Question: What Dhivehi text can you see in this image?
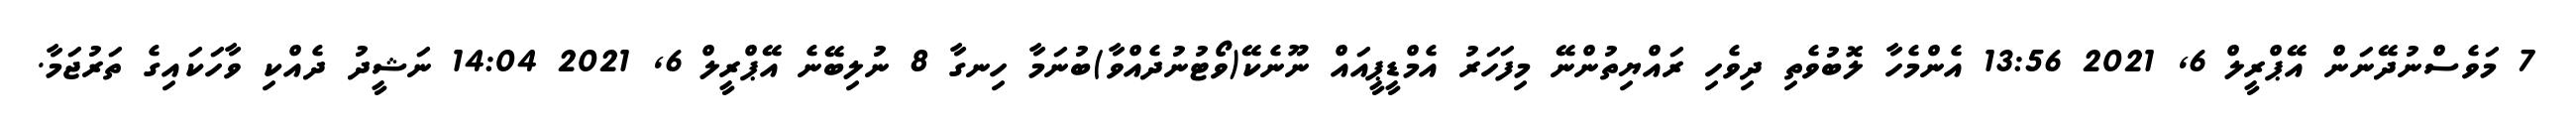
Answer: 7 މަވެސްނުދޭނަން އޭޕްރީލް 6, 2021 13:56 އެންމެހާ ލޮބުވެތި ދިވެހި ރައްޔިތުންނޭ މިފަހަރު އެމްޑީޕީއައް ނޫނެކޭ(ވޯޓުނުދެއްވާ)ބުނަމާ ހިނގާ 8 ނުލިބޭނެ އޭޕްރީލް 6, 2021 14:04 ނަޝީދު ދެއްކި ވާހަކައިގެ ތަރުޖަމާ.